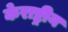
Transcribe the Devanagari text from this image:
केराष्ट्रीय